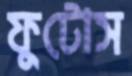
ফুটোস